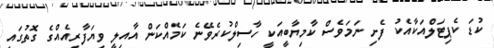
ކުޑަ ކެޕިޓަލްއަކާއެކު ފެށި ނަމަވެސް ކާމިޔާބީއަކީ ހާސިލްކުރެވޭނެ ކަމެއްކަން އާއިލީ ވިޔަފާރިއެއްގެ ގޮތުގައި